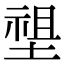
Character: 𡏄